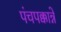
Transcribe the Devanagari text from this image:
पंचपक्कान्ने